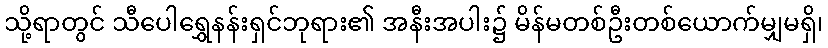
သို့ရာတွင် သီပေါရွှေနန်းရှင်ဘုရား၏ အနီးအပါး၌ မိန်မတစ်ဦးတစ်ယောက်မျှမရှိ၊